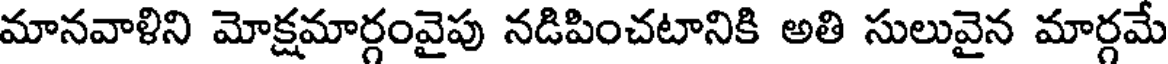
మానవాళిని మోక్షమార్గంవైపు నడిపించటానికి అతి సులువైన మార్గమే